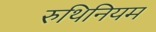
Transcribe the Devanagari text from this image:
रुथिनियम